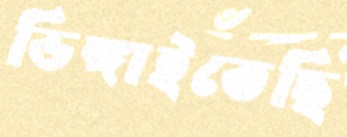
ডিঙ্গাইতেছি